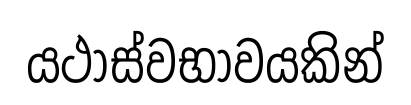
යථාස්වභාවයකින්